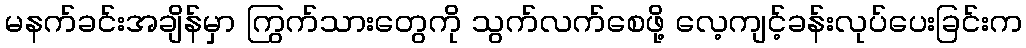
မနက်ခင်းအချိန်မှာ ကြွက်သားတွေကို သွက်လက်စေဖို့ လေ့ကျင့်ခန်းလုပ်ပေးခြင်းက